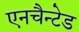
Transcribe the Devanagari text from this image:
एनचैन्टेड